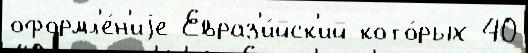
оформл'е́н'иjе Евраз'и́йск'ий кото́рых 40